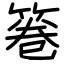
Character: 箞